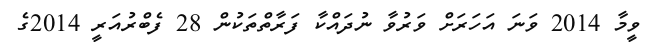
ވީމާ 2014 ވަނަ އަހަރަށް ވަރުވާ ނުދައްކާ ފަރާތްތަކުން 28 ފެބްރުއަރީ 2014ގެ